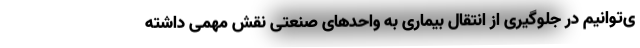
ی‌توانیم در جلوگیری از انتقال بیماری به واحدهای صنعتی نقش مهمی داشته